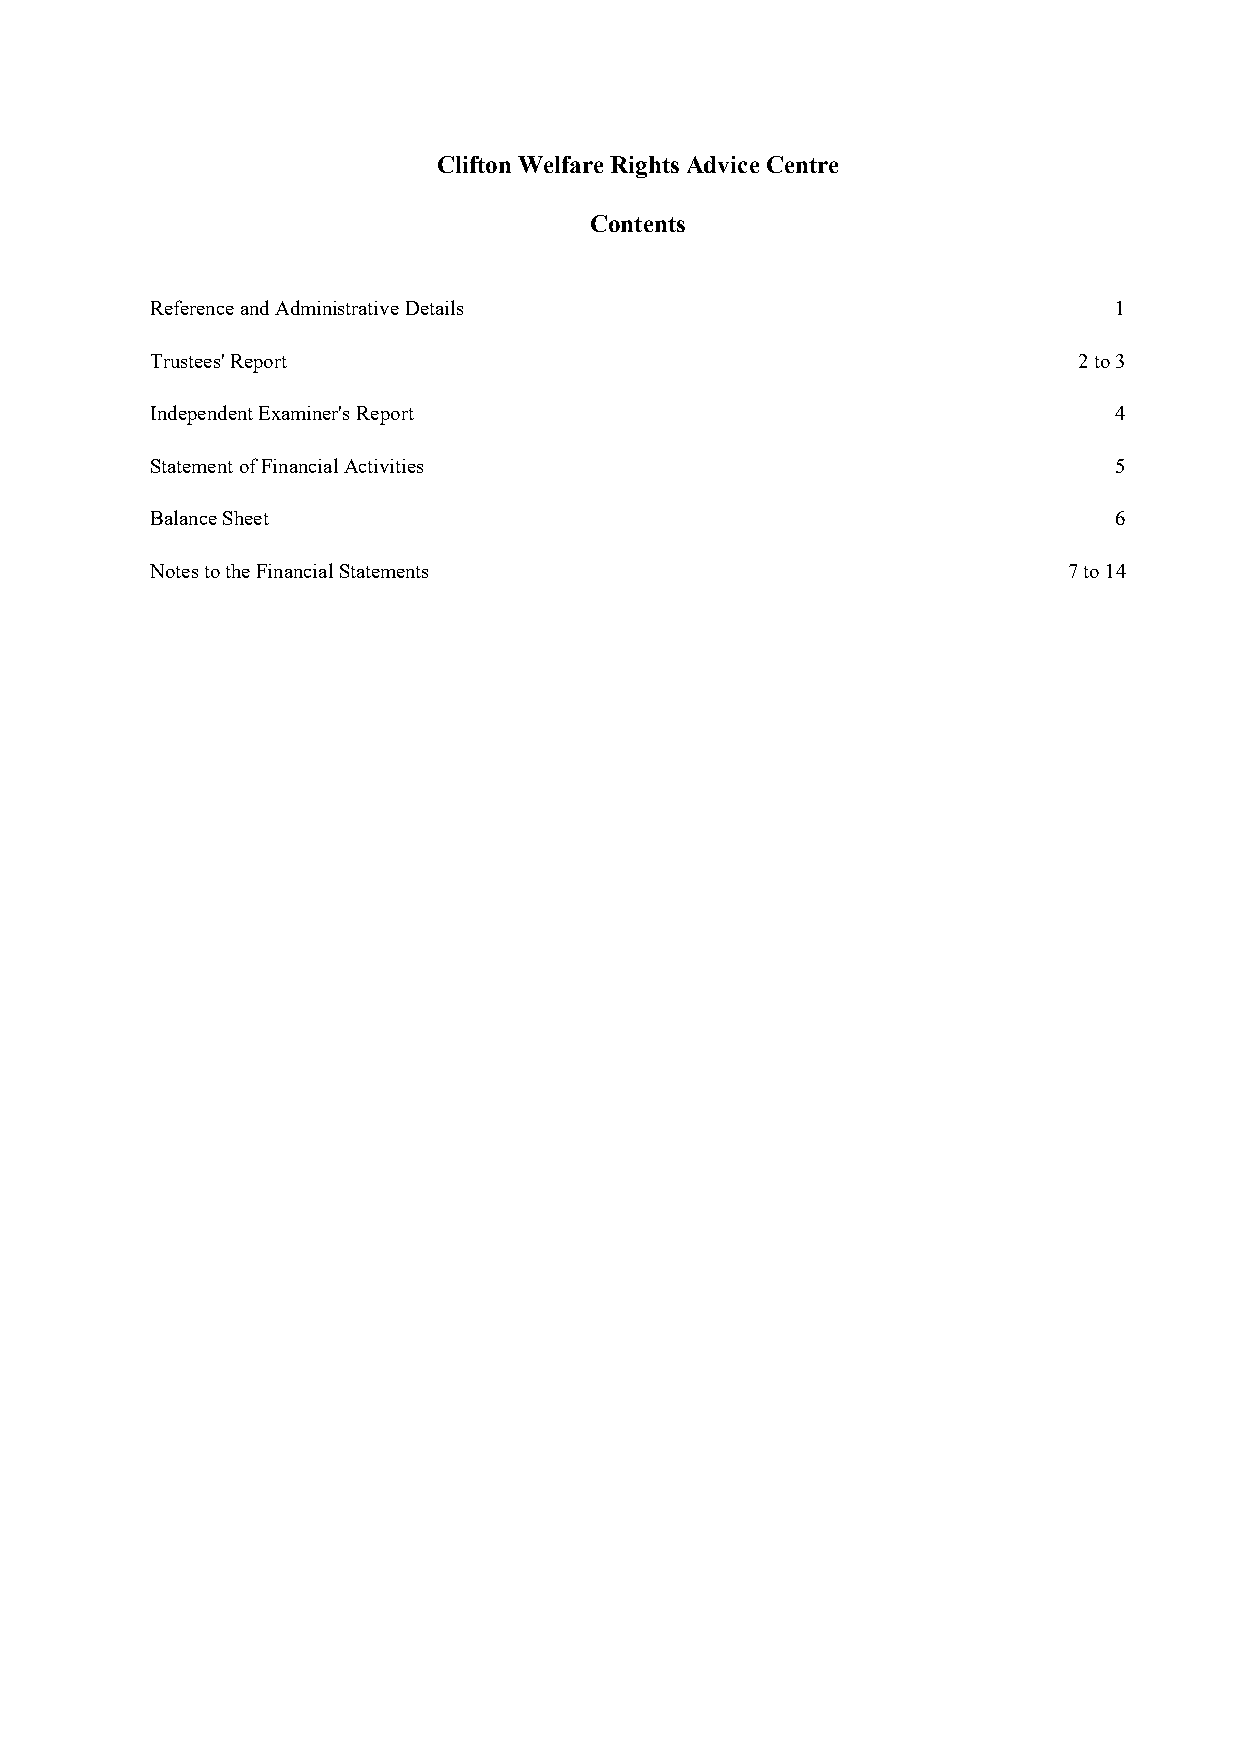
CliftonWelfareRights AdviceCentre
 Contents
 ReferenceandAdministrative Details                              1
 Trustees'Report                                              2to3
 IndependentExaminer'sReport                                     4
 StatementofFinancialActivities                                  5
 BalanceSheet                                                    6
 NotestotheFinancialStatements                                7to14